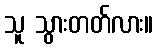
သူ သွားတတ်လား။